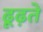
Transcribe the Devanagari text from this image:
ढूढ़ते